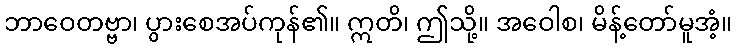
ဘာဝေတဗ္ဗာ၊ ပွားစေအပ်ကုန်၏။ ဣတိ၊ ဤသို့။ အဝေါစ၊ မိန့်တော်မူအံ့။